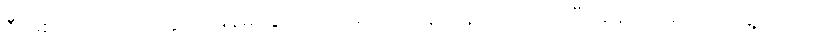
ဒီအစည်းအဝေးတွေမှာ မြန်မာနိုင်ငံကိုယ်စား ပြုနေရာနဲ့ ပတ်သက်ပြီး ချန်လှပ်ခဲ့တာ တွေ့ပါတယ်။